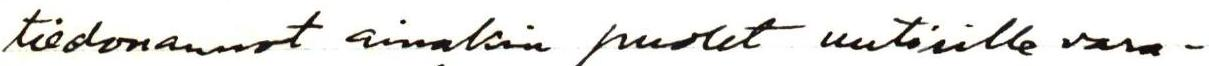
tiedonannot ainakin puolet uutisille vara-